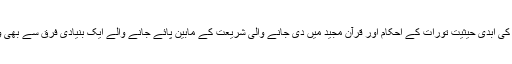
قرآن کے احکام کی ابدی حیثیت تورات کے احکام اور قرآن مجید میں دی جانے والی شریعت کے مابین پائے جانے والے ایک بنیادی فرق سے بھی واضح ہوتی ہے۔